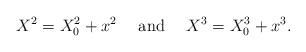
LaTeX: \begin{align*}X^2=X^2_0 + x^2 \ \ \ \ {\rm and}\ \ \ \ X^3=X^3_0 + x^3.\end{align*}